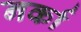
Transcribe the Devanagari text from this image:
नर्का